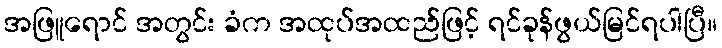
အဖြူရောင် အတွင်း ခံက အထုပ်အထည်ဖြင့် ရင်ခုန်ဖွယ်မြင်ရပါပြီ။